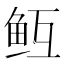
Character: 𱇓